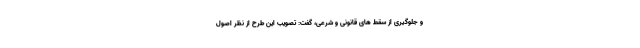
و جلوگیری از سقط های قانونی و شرعی، گفت: تصویب این طرح از نظر اصول